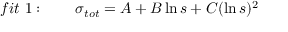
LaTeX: f i t \ 1 : \qquad \sigma _ { t o t } = A + B \ln s + C ( \ln s ) ^ { 2 }